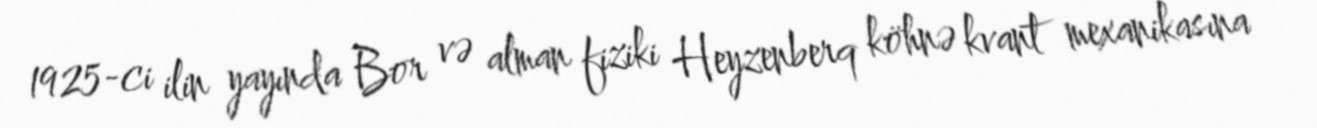
1925-ci ilin yayında Bor və alman fiziki Heyzenberq köhnə kvant mexanikasına